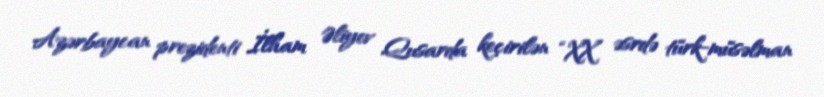
Azərbaycan prezidenti İlham Əliyev Qusarda keçirilən “XX əsrdə türk-müsəlman